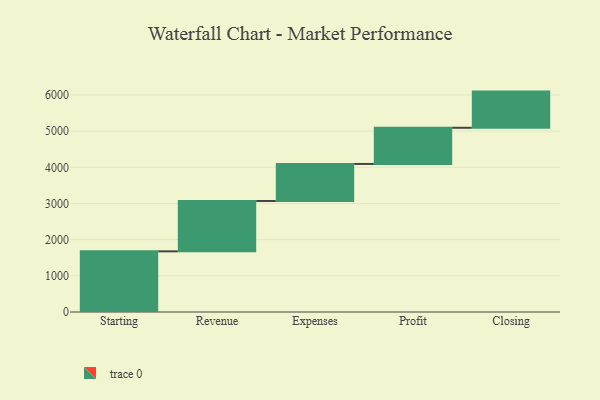
{"axis": {"x": "Step", "y": "Value"}, "legend": [""], "data": [{"x": "Starting", "y": 1677.0, "type": ""}, {"x": "Revenue", "y": 1391.0, "type": ""}, {"x": "Expenses", "y": 1025.0, "type": ""}, {"x": "Profit", "y": 1000, "type": ""}, {"x": "Closing", "y": 1000, "type": ""}]}